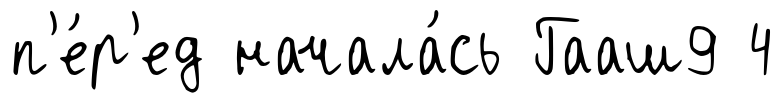
п'е́р'ед начала́сь Гааш9 4